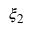
\xi _ { 2 }